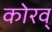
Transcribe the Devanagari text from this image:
कोरव्